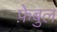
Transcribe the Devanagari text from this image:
फ़ेबुल